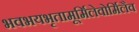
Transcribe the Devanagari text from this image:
भवभयभृतामूर्मिलेवोर्मिलैव